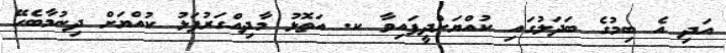
އަދި އެ ބިމުގެ ބަދަލުގައި ކުއްޔަށްދީފައިވާ ކ. އަތޮޅު މާދިއްގަރުފަޅު ކުއްޔަށް ދިނުމާބެހޭ